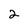
Character: 2